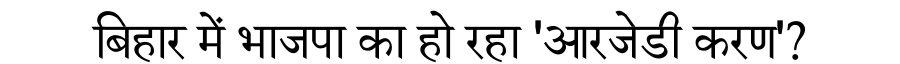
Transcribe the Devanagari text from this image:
बिहार में भाजपा का हो रहा 'आरजेडी करण'?